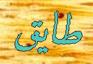
طايق